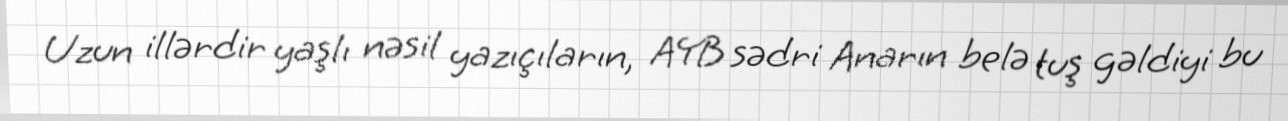
Uzun illərdir yaşlı nəsil yazıçıların, AYB sədri Anarın belə tuş gəldiyi bu